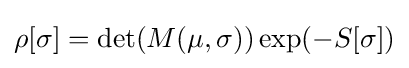
\rho [\sigma ]=\det(M(\mu ,\sigma ))\exp(-S[\sigma ])